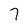
Character: 7